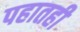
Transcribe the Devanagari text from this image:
पहातही